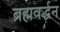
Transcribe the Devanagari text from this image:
ब्रह्मवर्द्धन